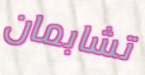
تشابمان